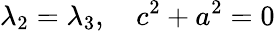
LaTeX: \lambda_{2}=\lambda_{3},\quad c^{2}+a^{2}=0